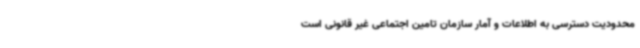
محدودیت دسترسی به اطلاعات و آمار سازمان تامین اجتماعی غیر قانونی است